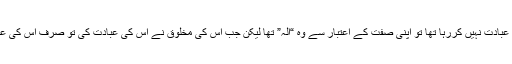
جب کوئی خدا کی عبادت نہیں کررہا تھا تو اپنی صفت کے اعتبار سے وہ “الہ” تھا لیکن جب اس کی مخلوق نے اس کی عبادت کی تو صرف اس کی عبادت کا اظہار ہوا۔